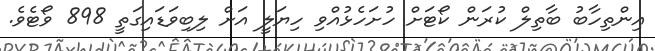
އިންތިހާބު ބާތިލް ކުރަން ކޯޓަށް ހުށަހެޅުއްވި ހިޔަލީ އަށް ލިބިވަޑައިގަތީ 898 ވޯޓެވެ.